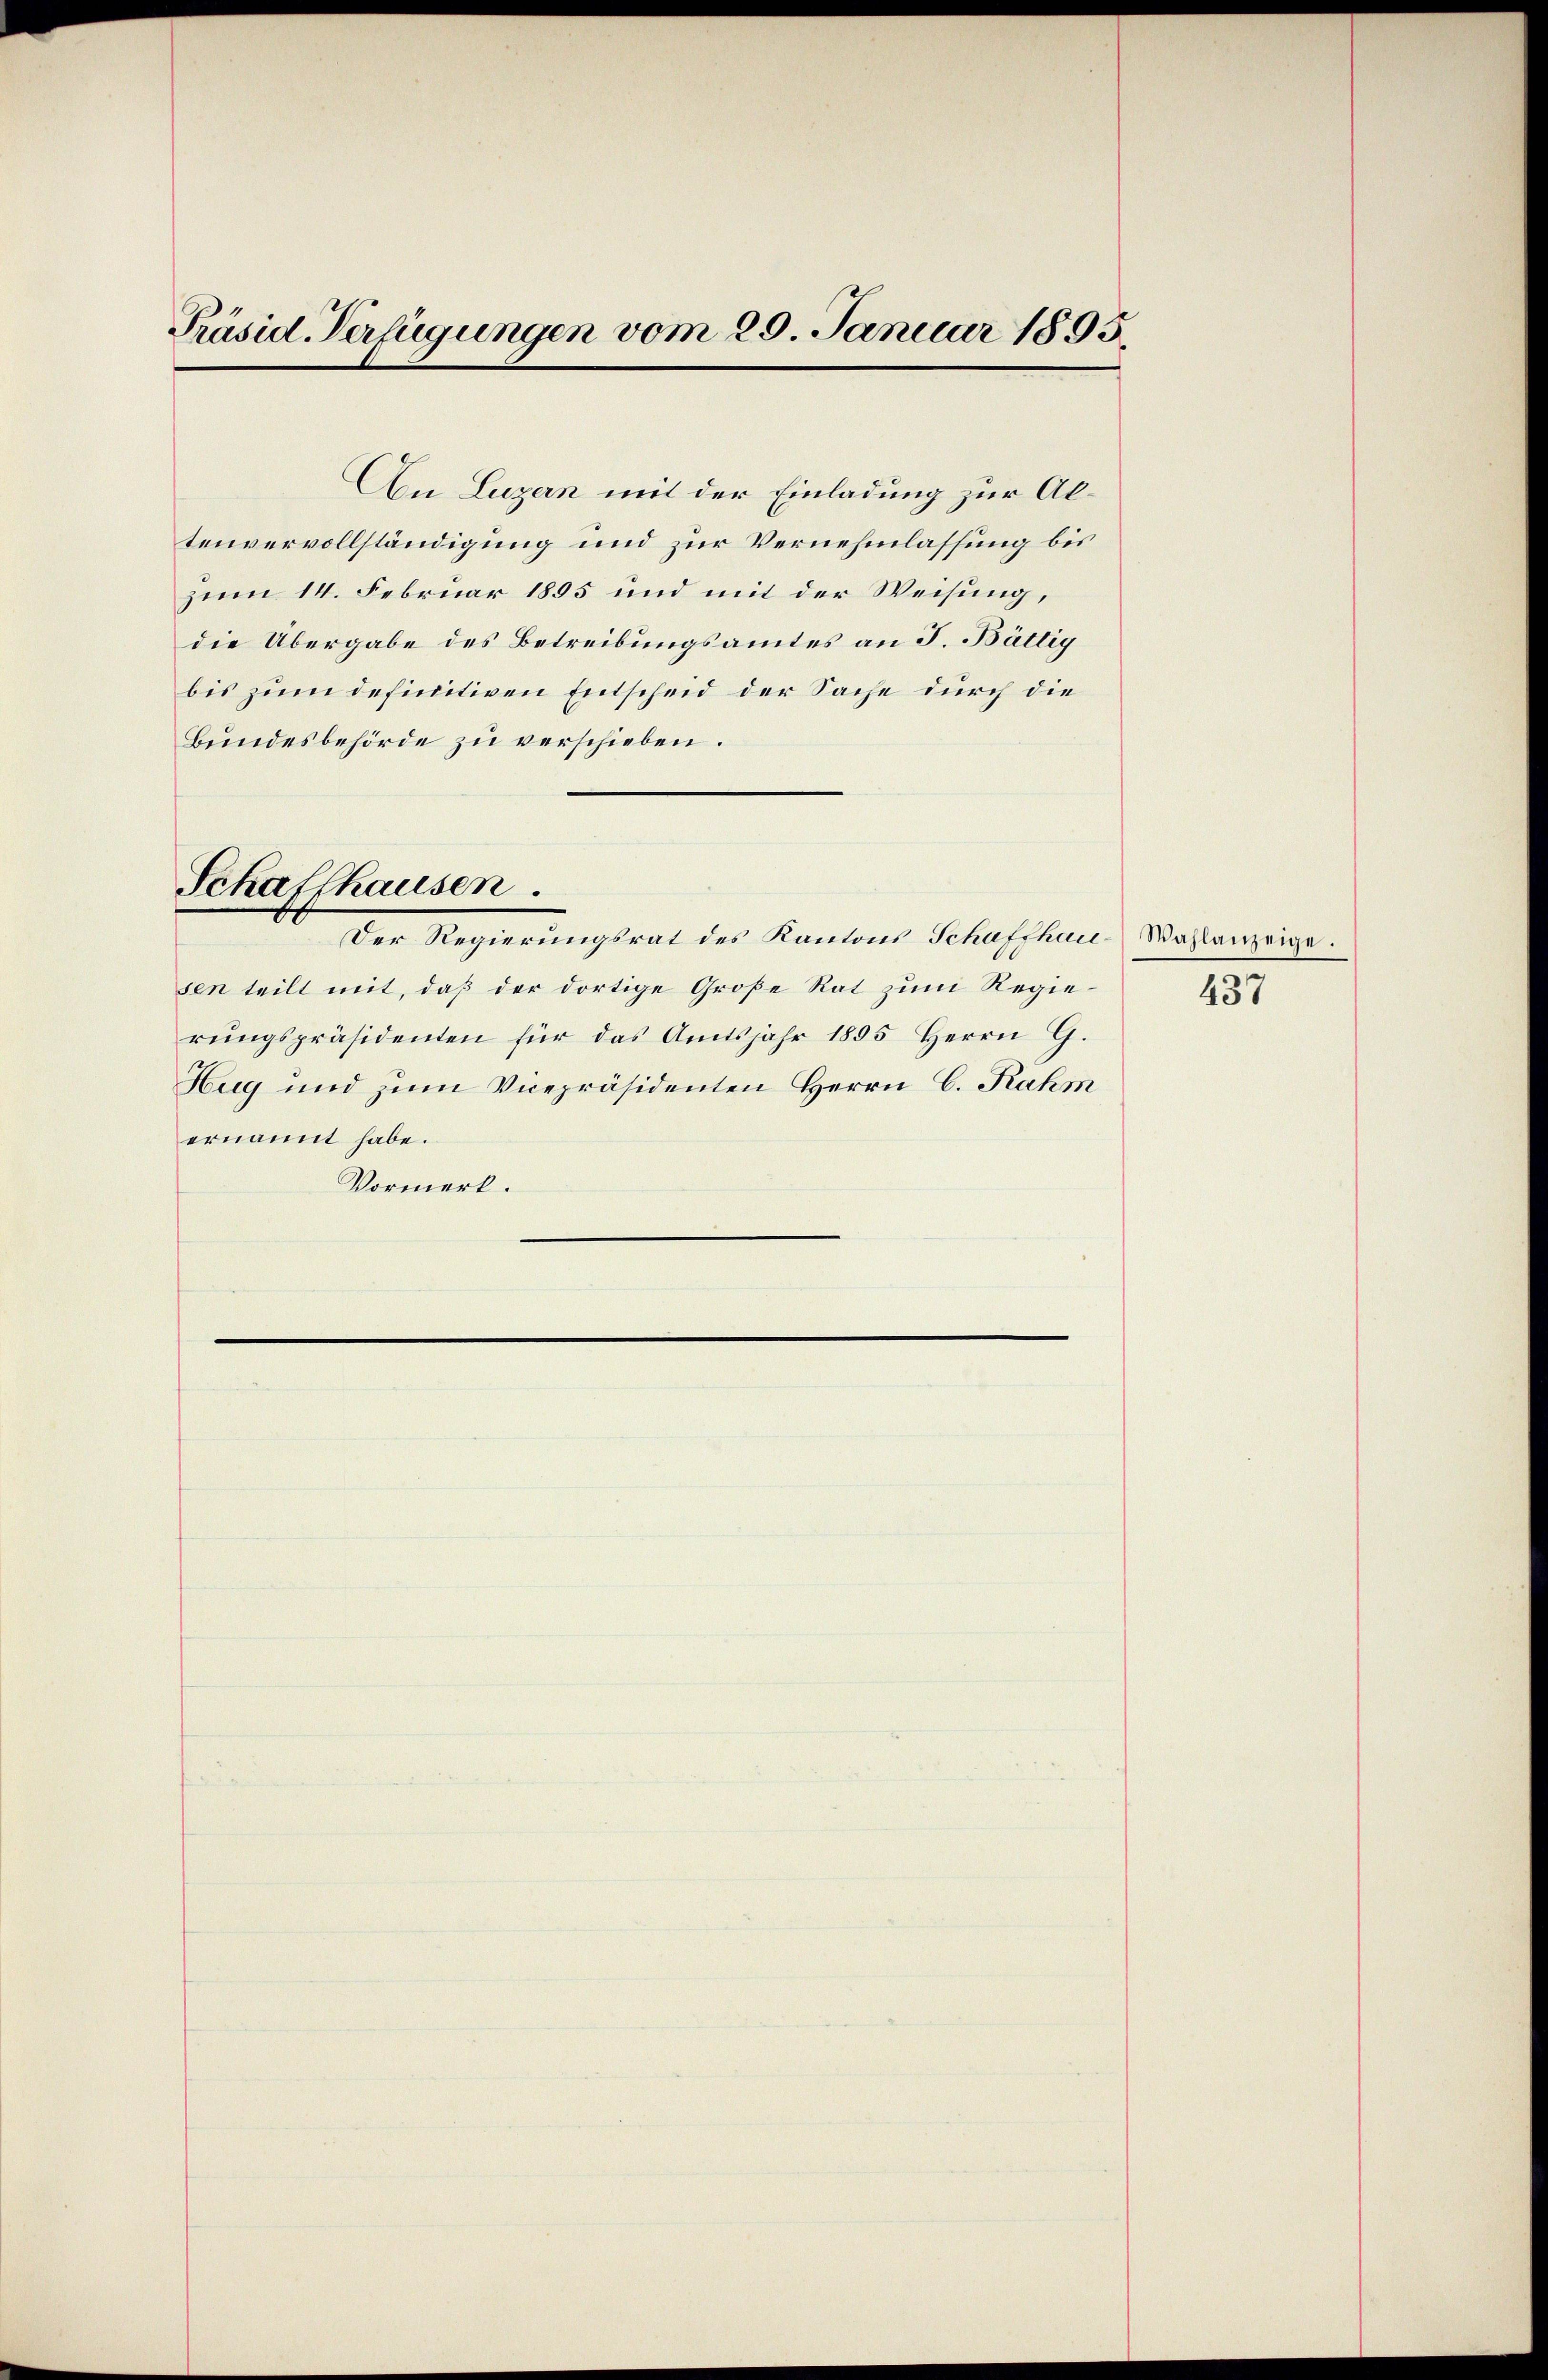
Schaffhausen.
Der Regierungsrat des Kantons Schaffhau-Wahlanzeige.
sen teilt mit, daß der dortige Große Rat zum Regierŭngspräsidenten für das Amtsjahr 1895 Herrn G.
Hug und zum Vicepräsidenten Herrn C. Rahm
ernannt habe.
Vormerk.

An Luzern mit der Einladung zur Altenvervollständigung und zur Vernehmlassung bis
zum 14. Februar 1895 und mit der Weisung,
die Übergabe des Betreibungsamtes an J. Büttig
bis zum definitiven Entscheid der Sache durch die
Bundesbehörde zu verschieben.

Präsid. Verfügungen vom 20. Januar 1893

437